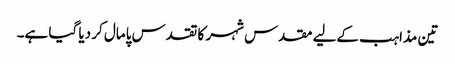
تین مذاہب کےلیے مقدس شہر کا تقدس پامال کر دیا گیا ہے۔